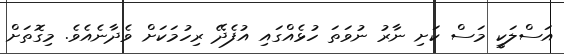
އަސްލަކީ މަސް ކަށި ނާރު ނުވަތަ ހުޅެއްގައި އުފެދޭ ރިހުމަކަށް ވެދާނެއެވެ. މިގޮތަށް